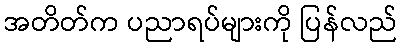
အတိတ်က ပညာရပ်များကို ပြန်လည်